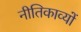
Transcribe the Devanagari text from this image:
नीतिकाव्यों